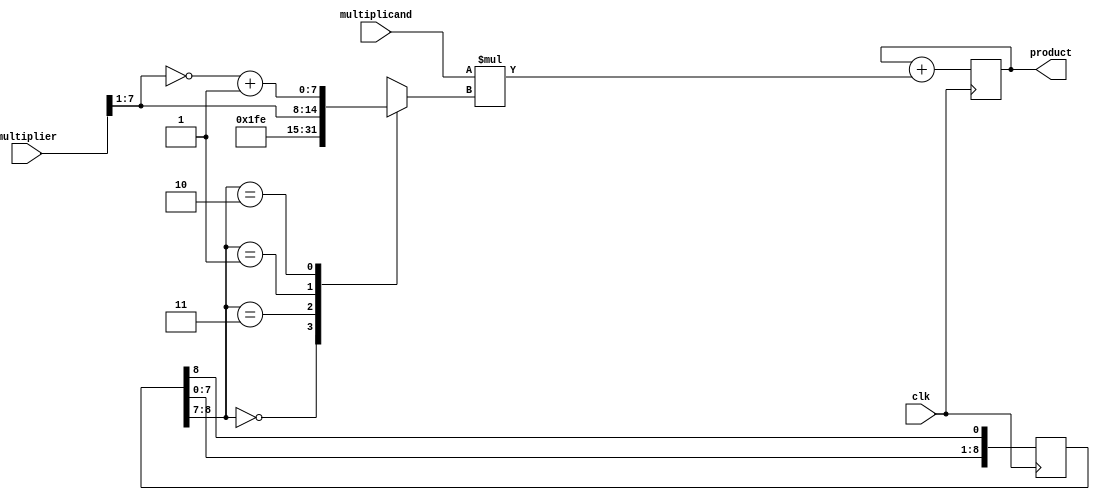
module sequential_booth_multiplier(
    input wire clk,
    input wire [7:0] multiplicand,
    input wire [7:0] multiplier,
    output wire [15:0] product
);

reg [15:0] partial_product;
reg [7:0] booth_encoder;
reg [8:0] multiplier_shift_reg;

// Booth encoder module
always @*
    begin
        case(multiplier_shift_reg[8:7])
            2'b00: booth_encoder = 8'b00000000;
            2'b11: booth_encoder = 8'b11111111;
            2'b01: booth_encoder = {1'b0, multiplier[7:1]};
            2'b10: booth_encoder = {1'b1, ~multiplier[7:1] + 1};
            default: booth_encoder = 8'b00000000;
        endcase
    end

// Partial product calculation
always @(posedge clk)
    begin
        partial_product <= partial_product + {8'b0, multiplicand} * booth_encoder;
        multiplier_shift_reg <= {multiplier_shift_reg[7:0], multiplier_shift_reg[8]};
    end

// Output assignment
assign product = partial_product;

endmodule